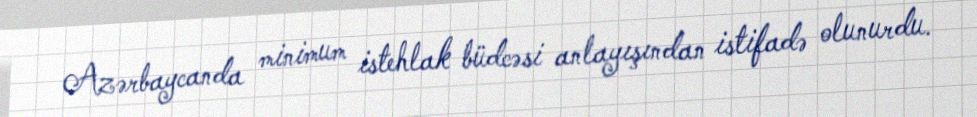
Azərbaycanda minimum istehlak büdcəsi anlayışından istifadə olunurdu.